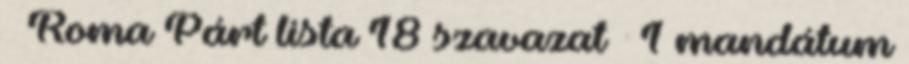
– Roma Párt lista 18 szavazat – 1 mandátum